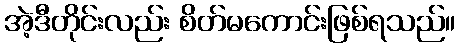
အဲ့ဒီတိုင်းလည်း စိတ်မကောင်းဖြစ်ရသည်။